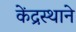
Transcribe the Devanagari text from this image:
केंद्रस्थाने